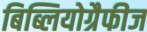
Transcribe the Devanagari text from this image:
बिब्लियोग्रैफीज